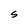
Character: S